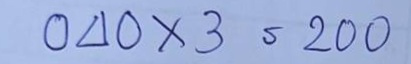
040 x 3 = 200